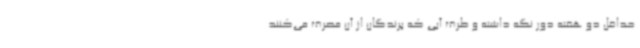
حداقل دو هفته دور نگه داشته و ظرف آبی که پرندگان از آن مصرف می‌کنند